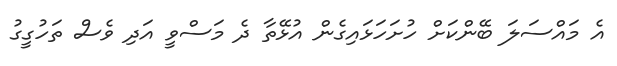
އެ މައްސަލަ ބޭންކަށް ހުށަހަޅައިގެން އުޅޭތާ ދެ މަސްވީ އަދި ވެސް ތަހުގީގު